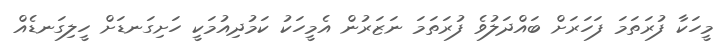
މީހަކާ ފުރަތަމަ ފަހަރަށް ބައްދަލުވެ ފުރަތަމަ ނަޒަރުން އެމީހަކު ކަމުދިއުމަކީ ހަށިގަނޑަށް ހީލިގަނޑެއް